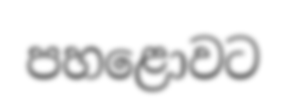
පහළොවට